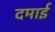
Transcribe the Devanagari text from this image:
दमाई